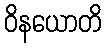
ဝိနယောတိ